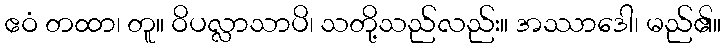
ဧဝံ တထာ၊ တူ။ ဝိပလ္လာသာပိ၊ သတို့သည်လည်း။ အဿာဒေါ၊ မည်၏။